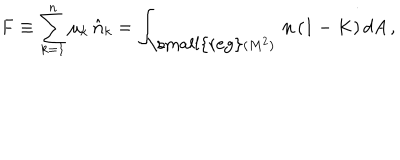
{ \bf F } \equiv \sum _ { k = 1 } ^ { n } \mu _ { k } \, \hat { { \bf n } } _ { k } = \int _ { { \mathrm { \small { r e g } } } ( M ^ { 2 } ) } \, { \bf n } \, ( 1 - K ) \, d A \, ,